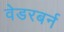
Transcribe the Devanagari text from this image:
वेडरबर्न